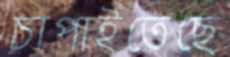
চাপাইতেছে